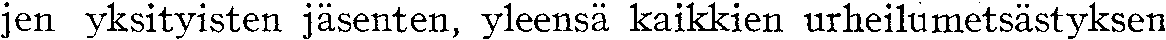
jen yksityisten jäsenten, yleensä kaikkien urheilumetsästyksen